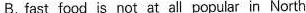
B. fast food is not at all popular in North